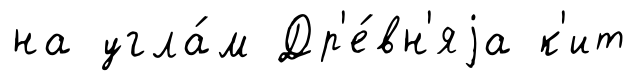
на угла́м Др'е́вн'яjа к'ит